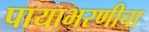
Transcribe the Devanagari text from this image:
पायाभरणीचा